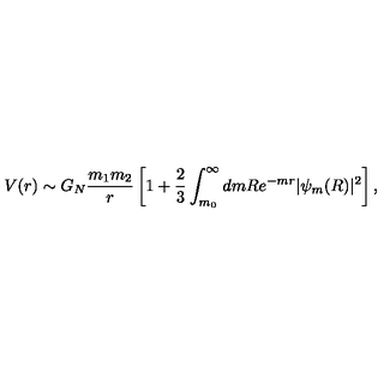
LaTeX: V ( r ) \sim G _ { N } \frac { m _ { 1 } m _ { 2 } } { r } \left[ 1 + \frac { 2 } { 3 } \int _ { m _ { 0 } } ^ { \infty } d m R e ^ { - m r } | \psi _ { m } ( R ) | ^ { 2 } \right] ,